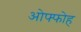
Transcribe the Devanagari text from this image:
ओफ्फोह